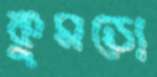
কুমড়ো